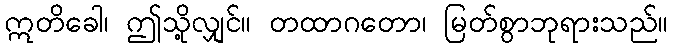
ဣတိခေါ၊ ဤသို့လျှင်။ တထာဂတော၊ မြတ်စွာဘုရားသည်။